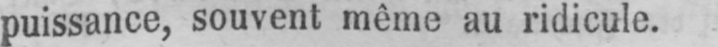
puissance, souvent même au ridicule.